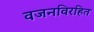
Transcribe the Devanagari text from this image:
वजनविरहित